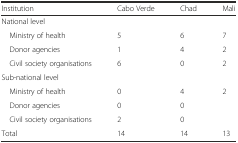
<table><thead><tr><td><b>Institution</b></td><td><b>Cabo Verde</b></td><td><b>Chad</b></td><td><b>Mali</b></td></tr></thead><tbody><tr><td colspan="4">National level</td></tr><tr><td> Ministry of health</td><td>5</td><td>6</td><td>7</td></tr><tr><td> Donor agencies</td><td>1</td><td>4</td><td>2</td></tr><tr><td> Civil society organisations</td><td>6</td><td>0</td><td>2</td></tr><tr><td colspan="4">Sub-national level</td></tr><tr><td> Ministry of health</td><td>0</td><td>4</td><td>2</td></tr><tr><td> Donor agencies</td><td>0</td><td>0</td><td></td></tr><tr><td> Civil society organisations</td><td>2</td><td>0</td><td></td></tr><tr><td>Total</td><td>14</td><td>14</td><td>13</td></tr></tbody></table>